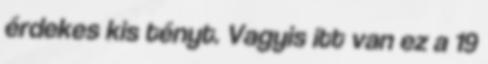
érdekes kis tényt. Vagyis itt van ez a 19